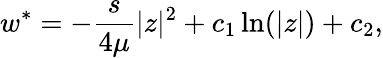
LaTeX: w^{*}=-\frac{s}{4\mu}|z|^{2}+c_{1}\ln(|z|)+c_{2},